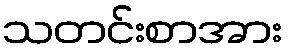
သတင်းစာအား